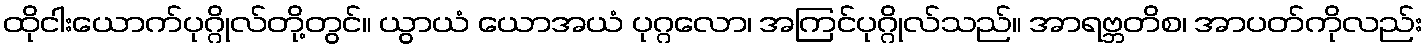
ထိုငါးယောက်ပုဂ္ဂိုလ်တို့တွင်။ ယွာယံ ယောအယံ ပုဂ္ဂလော၊ အကြင်ပုဂ္ဂိုလ်သည်။ အာရဗ္ဘတိစ၊ အာပတ်ကိုလည်း